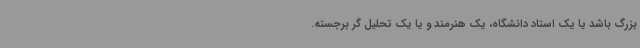
بزرگ باشد یا یک استاد دانشگاه، یک هنرمند و یا یک تحلیل گر برجسته.